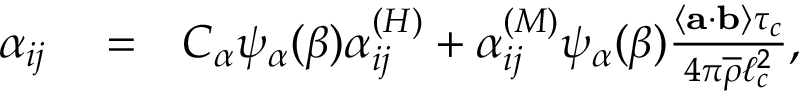
\begin{array} { r l r } { \alpha _ { i j } } & { { } = } & { C _ { \alpha } \psi _ { \alpha } ( \beta ) \alpha _ { i j } ^ { ( H ) } + \alpha _ { i j } ^ { ( M ) } \psi _ { \alpha } ( \beta ) \frac { \left\langle \mathbf { a } \cdot \mathbf { b } \right\rangle \tau _ { c } } { 4 \pi \overline { { \rho } } \ell _ { c } ^ { 2 } } , } \end{array}